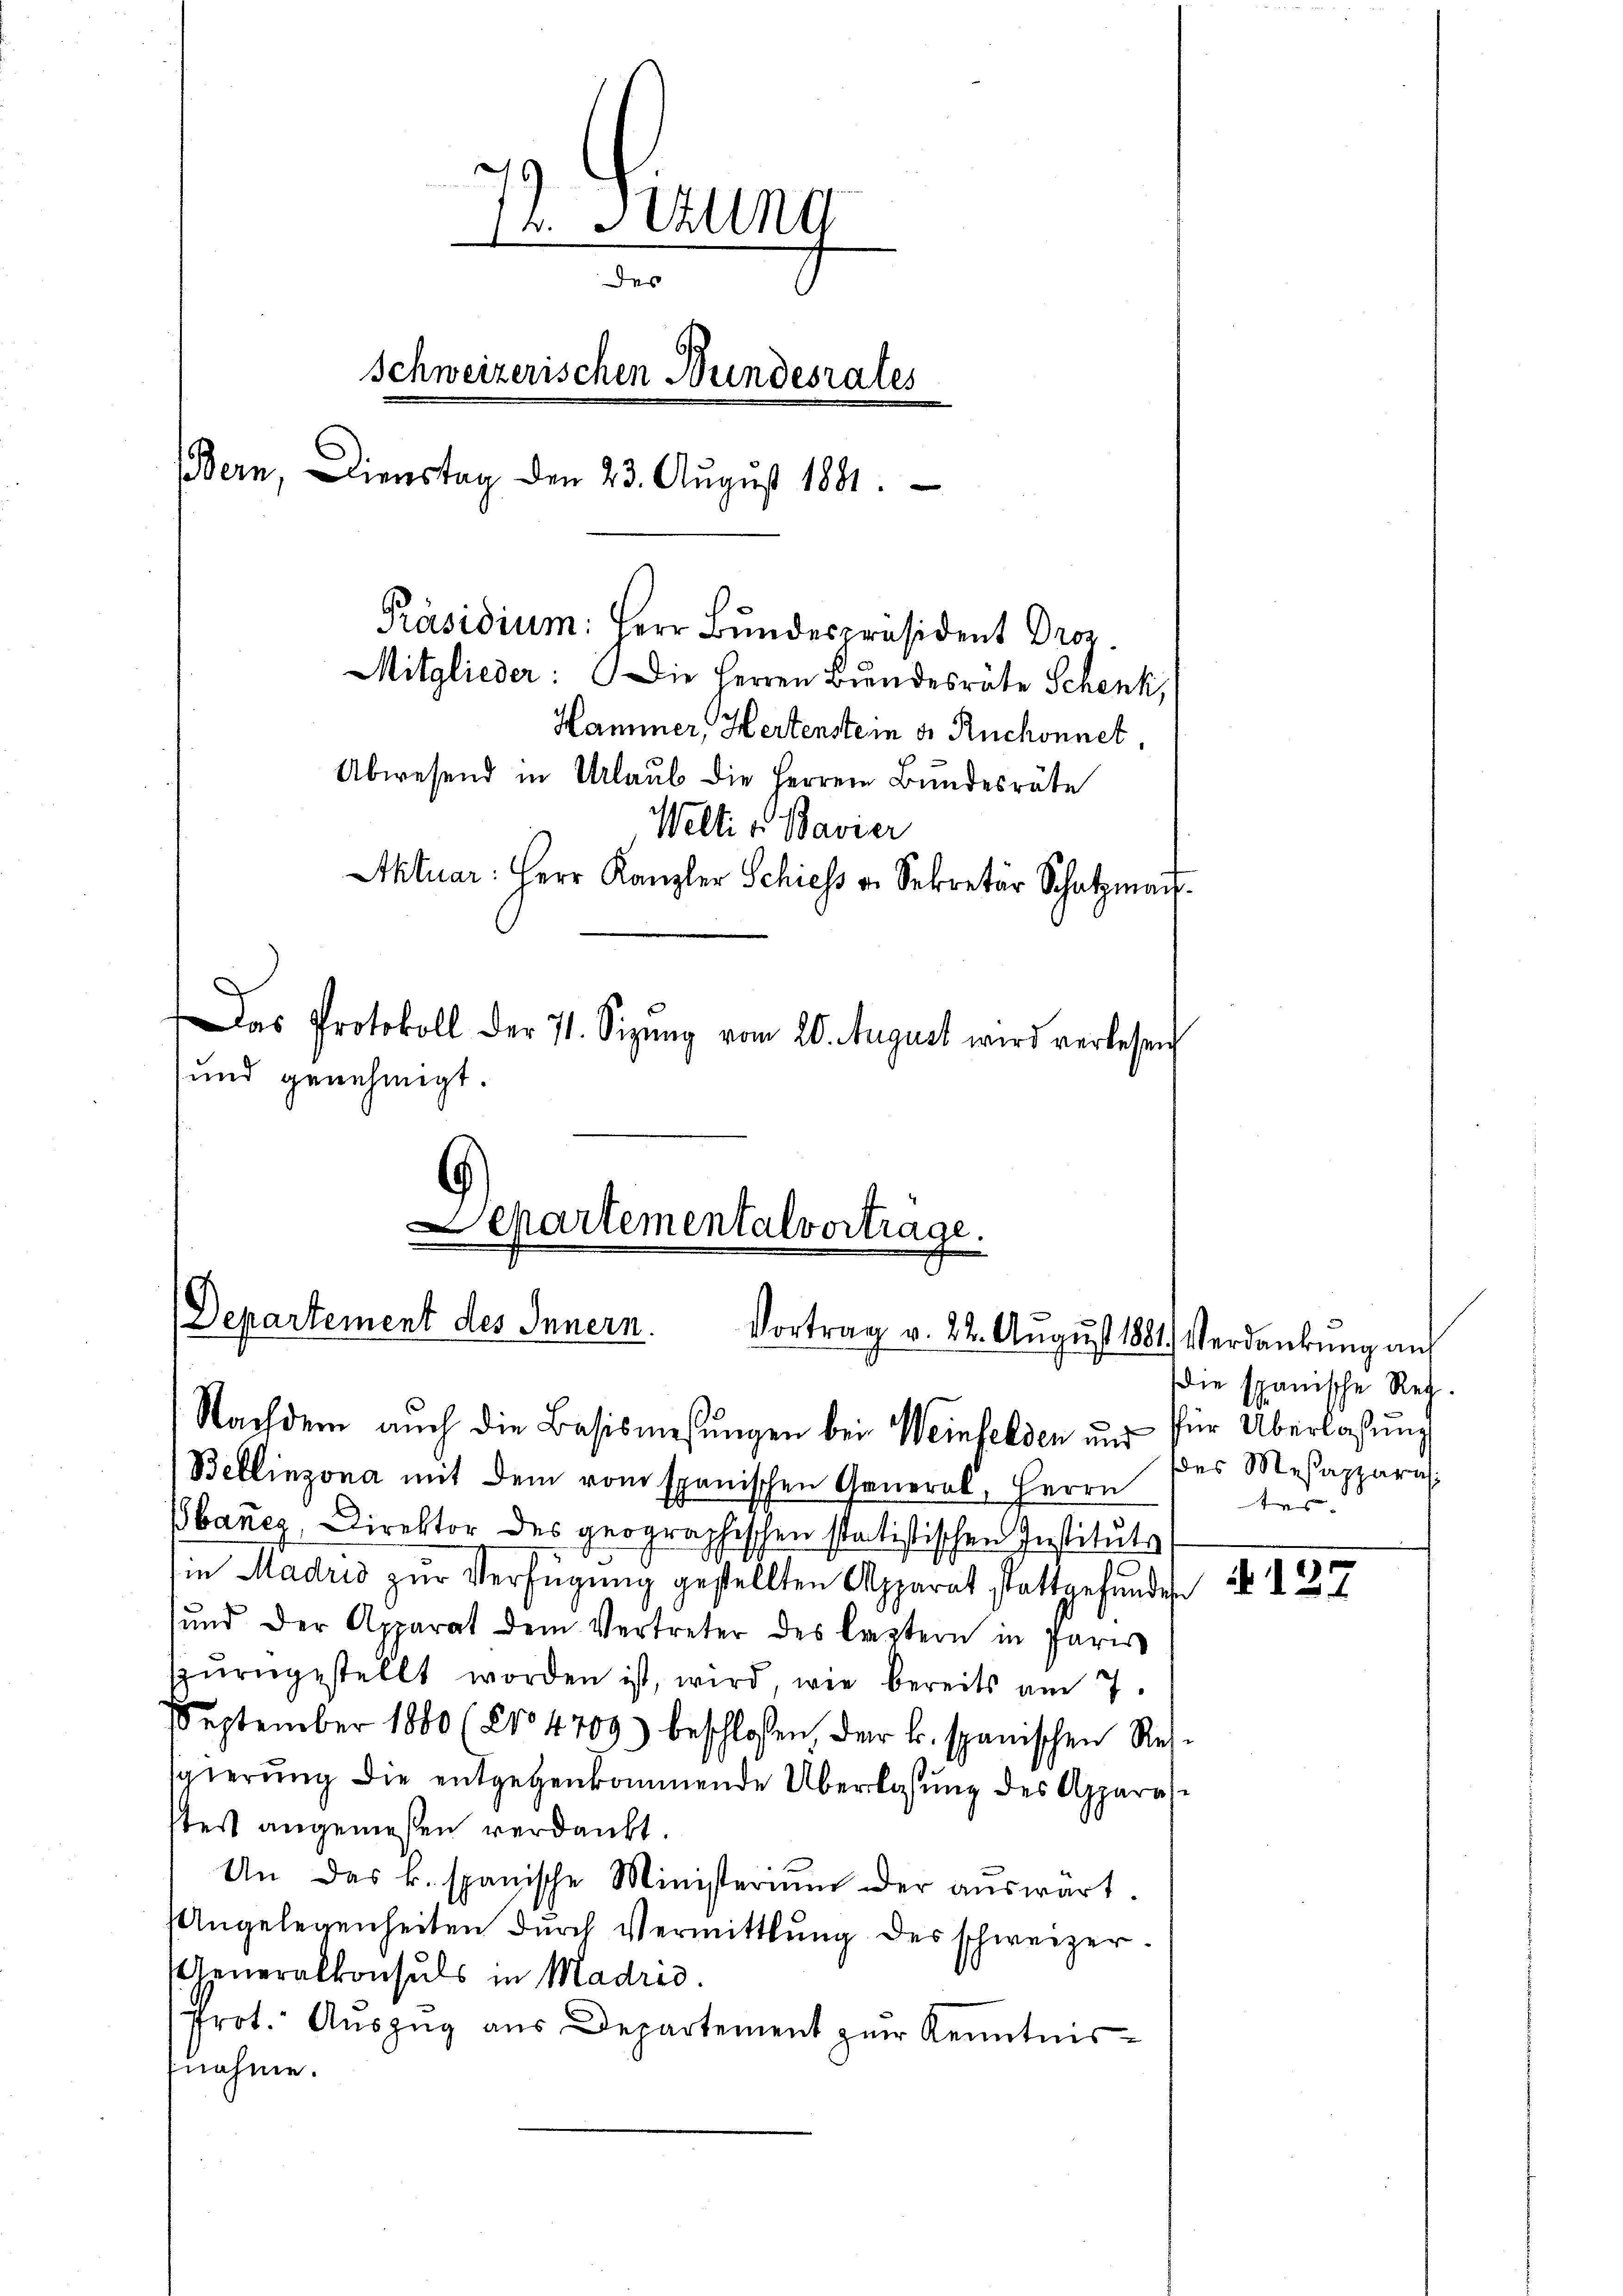
72. Setzung
des
Schweizerischen Bundesrates
Bern, Dienstag den 23. August 1881.
Präsidium: Herr Bundespräsident Droz.
Mitglieder: Die Herren Bundesräte Schenk,
Hammer, Hertenstein d. Ruchonnet,
Abwesend in Urlaub die Herren Bundesräte
Welti - Bavier
Aktuar: Herr Kanzler Schiess v. Sekretär Schatzma
Das Protokoll der 71. Sizŭng vom 20. August wird verlesen
und genehmigt.

Bellinzona mit dem vom spanischen General, Herrn
Bbanez, Direktor des geographischen statistischen Instituts
in Madrid zŭr Verfügung gestellten Apparat stattgefundes
ŭnd der Apparat dem Vertreter des Captern in Paris
spurngestellt worden ist, wird wie bereits am 7.
September 1880 (2104709) beschlossen, der k. spanischen Res-
sgierung die entgegenkommende Überlassung des Apparas
stes angemessen verdankt.
An das k. spanische Ministerium der aŭswart.
Angelegenheiten durch Vermittlung des schweizer¬
Generalkonsuls in Madrid.
Prot. Auszug aus Departement zur Kenntnis
nahme.

Separtementalvortrage.
Departement des Innern.
Vortrag v. 22. August 1881) Verdankung auf
Nachdem auch die Basismesŭngen bei Weinfelden und für Überlassung

die spanische Reg.
des Mesapparat
ter

127